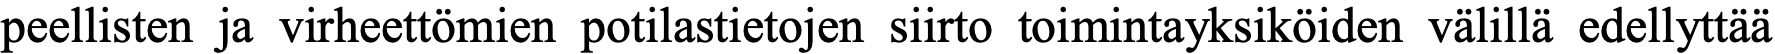
peellisten ja virheettömien potilastietojen siirto toimintayksiköiden välillä edellyttää